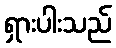
ရှားပါးသည်